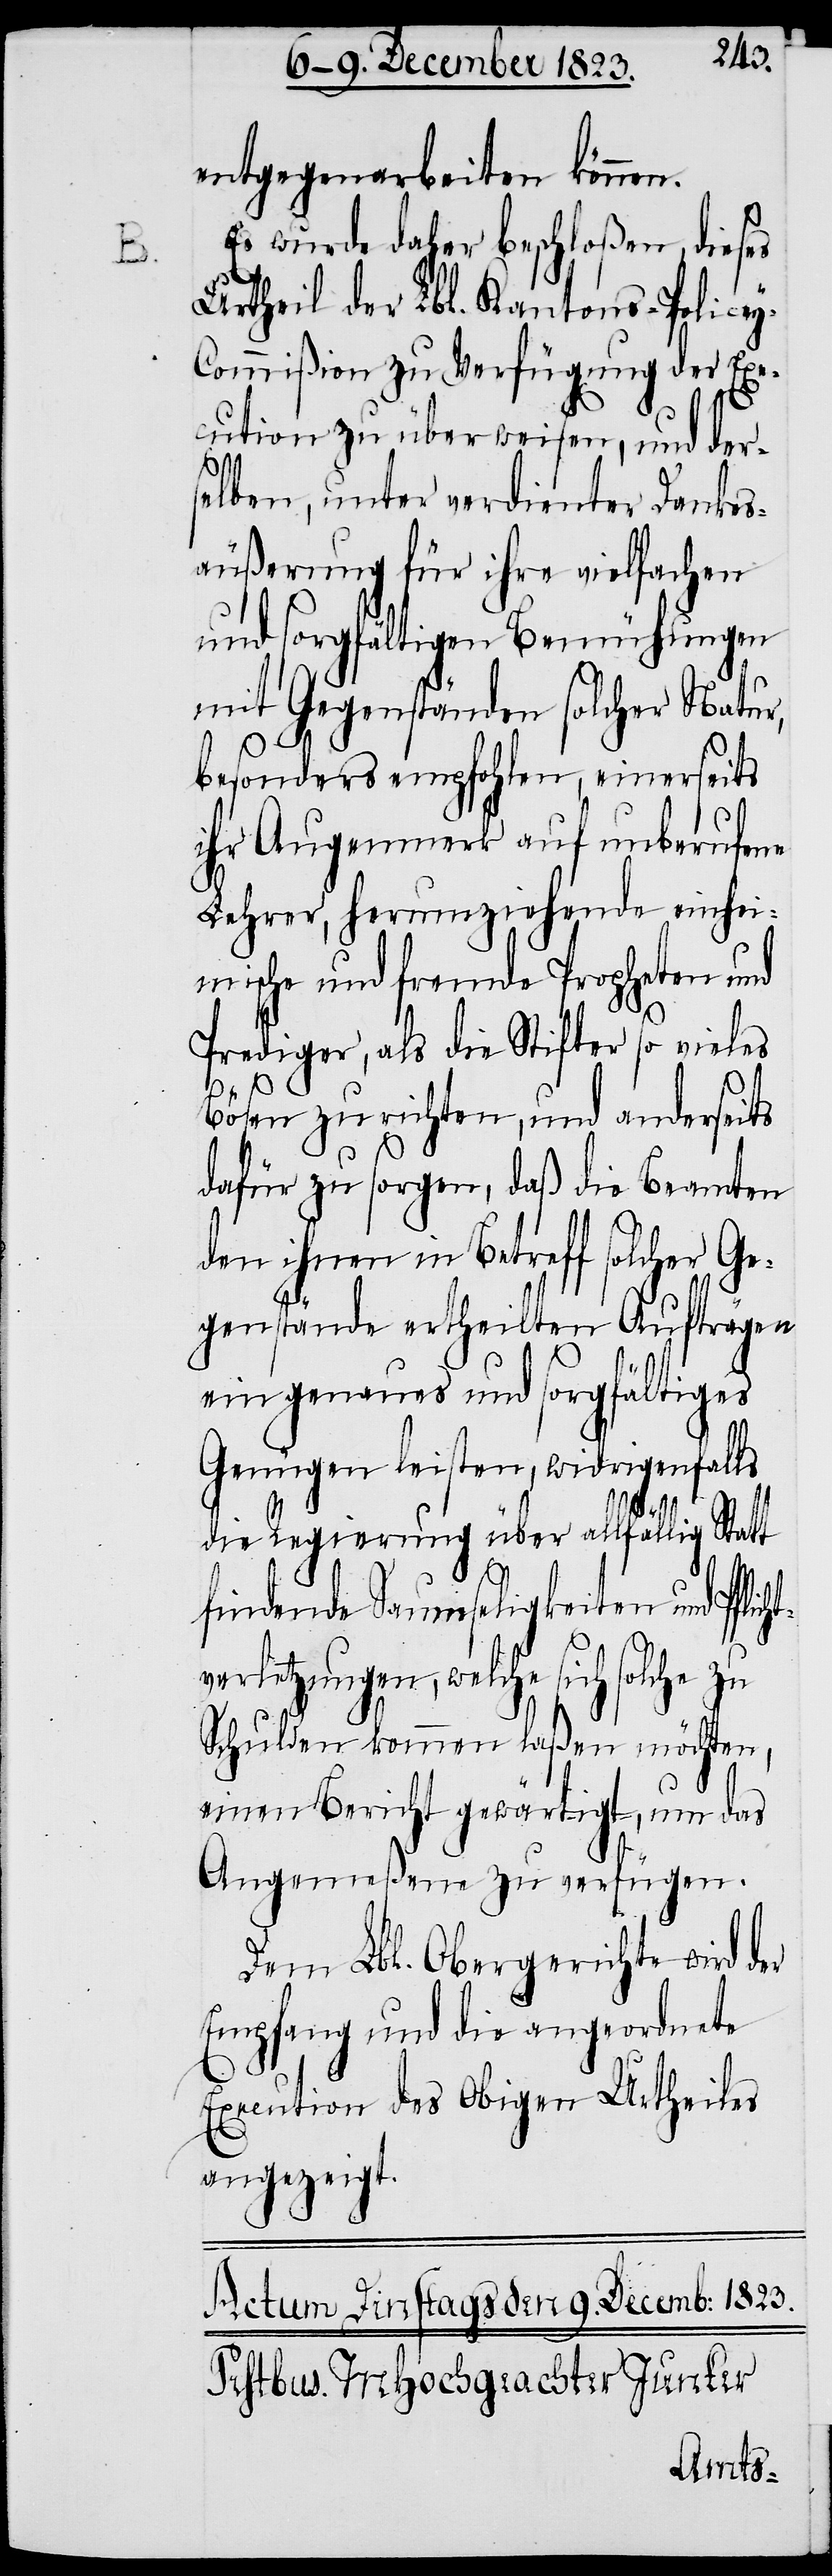
y-C¬

entgegenarbeiten können.
Es wurde daher beschloßen, dieses
Urtheil der Lbl. Kantons-Police¬
ommißion zu Verfügung der Exe¬
cution zu überweisen, und der¬
selben, unter verdienter Dankes¬
äußerung für ihre vielfachen
und sorgfältigen Bemühungen
mit Gegenständen solcher Natur,
besonders empfohlen, einerseits
ihr Augenmerk auf unberufene
Lehrer, herumziehende einhei¬
mische und fremde Propheten und
Prediger, als die Stifter so vieles
t¬
Bösen zu richten, und anderseits
dafür zu sorgen, daß die Beamten
den ihnen in Betreff solcher Ge¬
genstände ertheilten Aufträgen
ein genaues und sorgfältiges
Genügen leisten, widrigenfalls
die Regierung über allfällig Stat¬
t
findende Saumseligkeiten und Pflich¬
verletzungen, welche sich solche zu
Schulden kommen laßen möchten,
einen Bericht gewärtigt, um das
Angemeßene zu verfügen.
Dem Lbl. Obergerichte wird der
Empfang und die angeordnete
Execution des obigen Urtheiles
angezeigt.